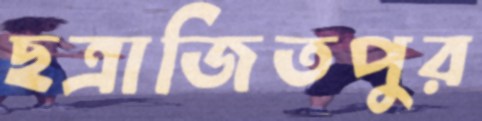
ছত্রাজিতপুর